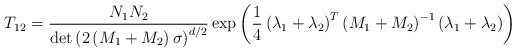
\begin{align*}T_{12}=\frac{N_{1}N_{2}}{\det\left( 2\left( M_{1}+M_{2}\right) \sigma\right)^{d/2}}\exp\left( \frac{1}{4}\left( \lambda_{1}+\lambda _{2}\right)^{T}\left( M_{1}+M_{2}\right) ^{-1}\left( \lambda_{1}+\lambda_{2}\right)\right)\end{align*}